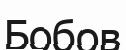
Бобов